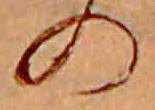
の